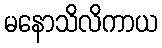
မနောသိလိကာယ